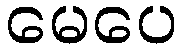
မေပေ